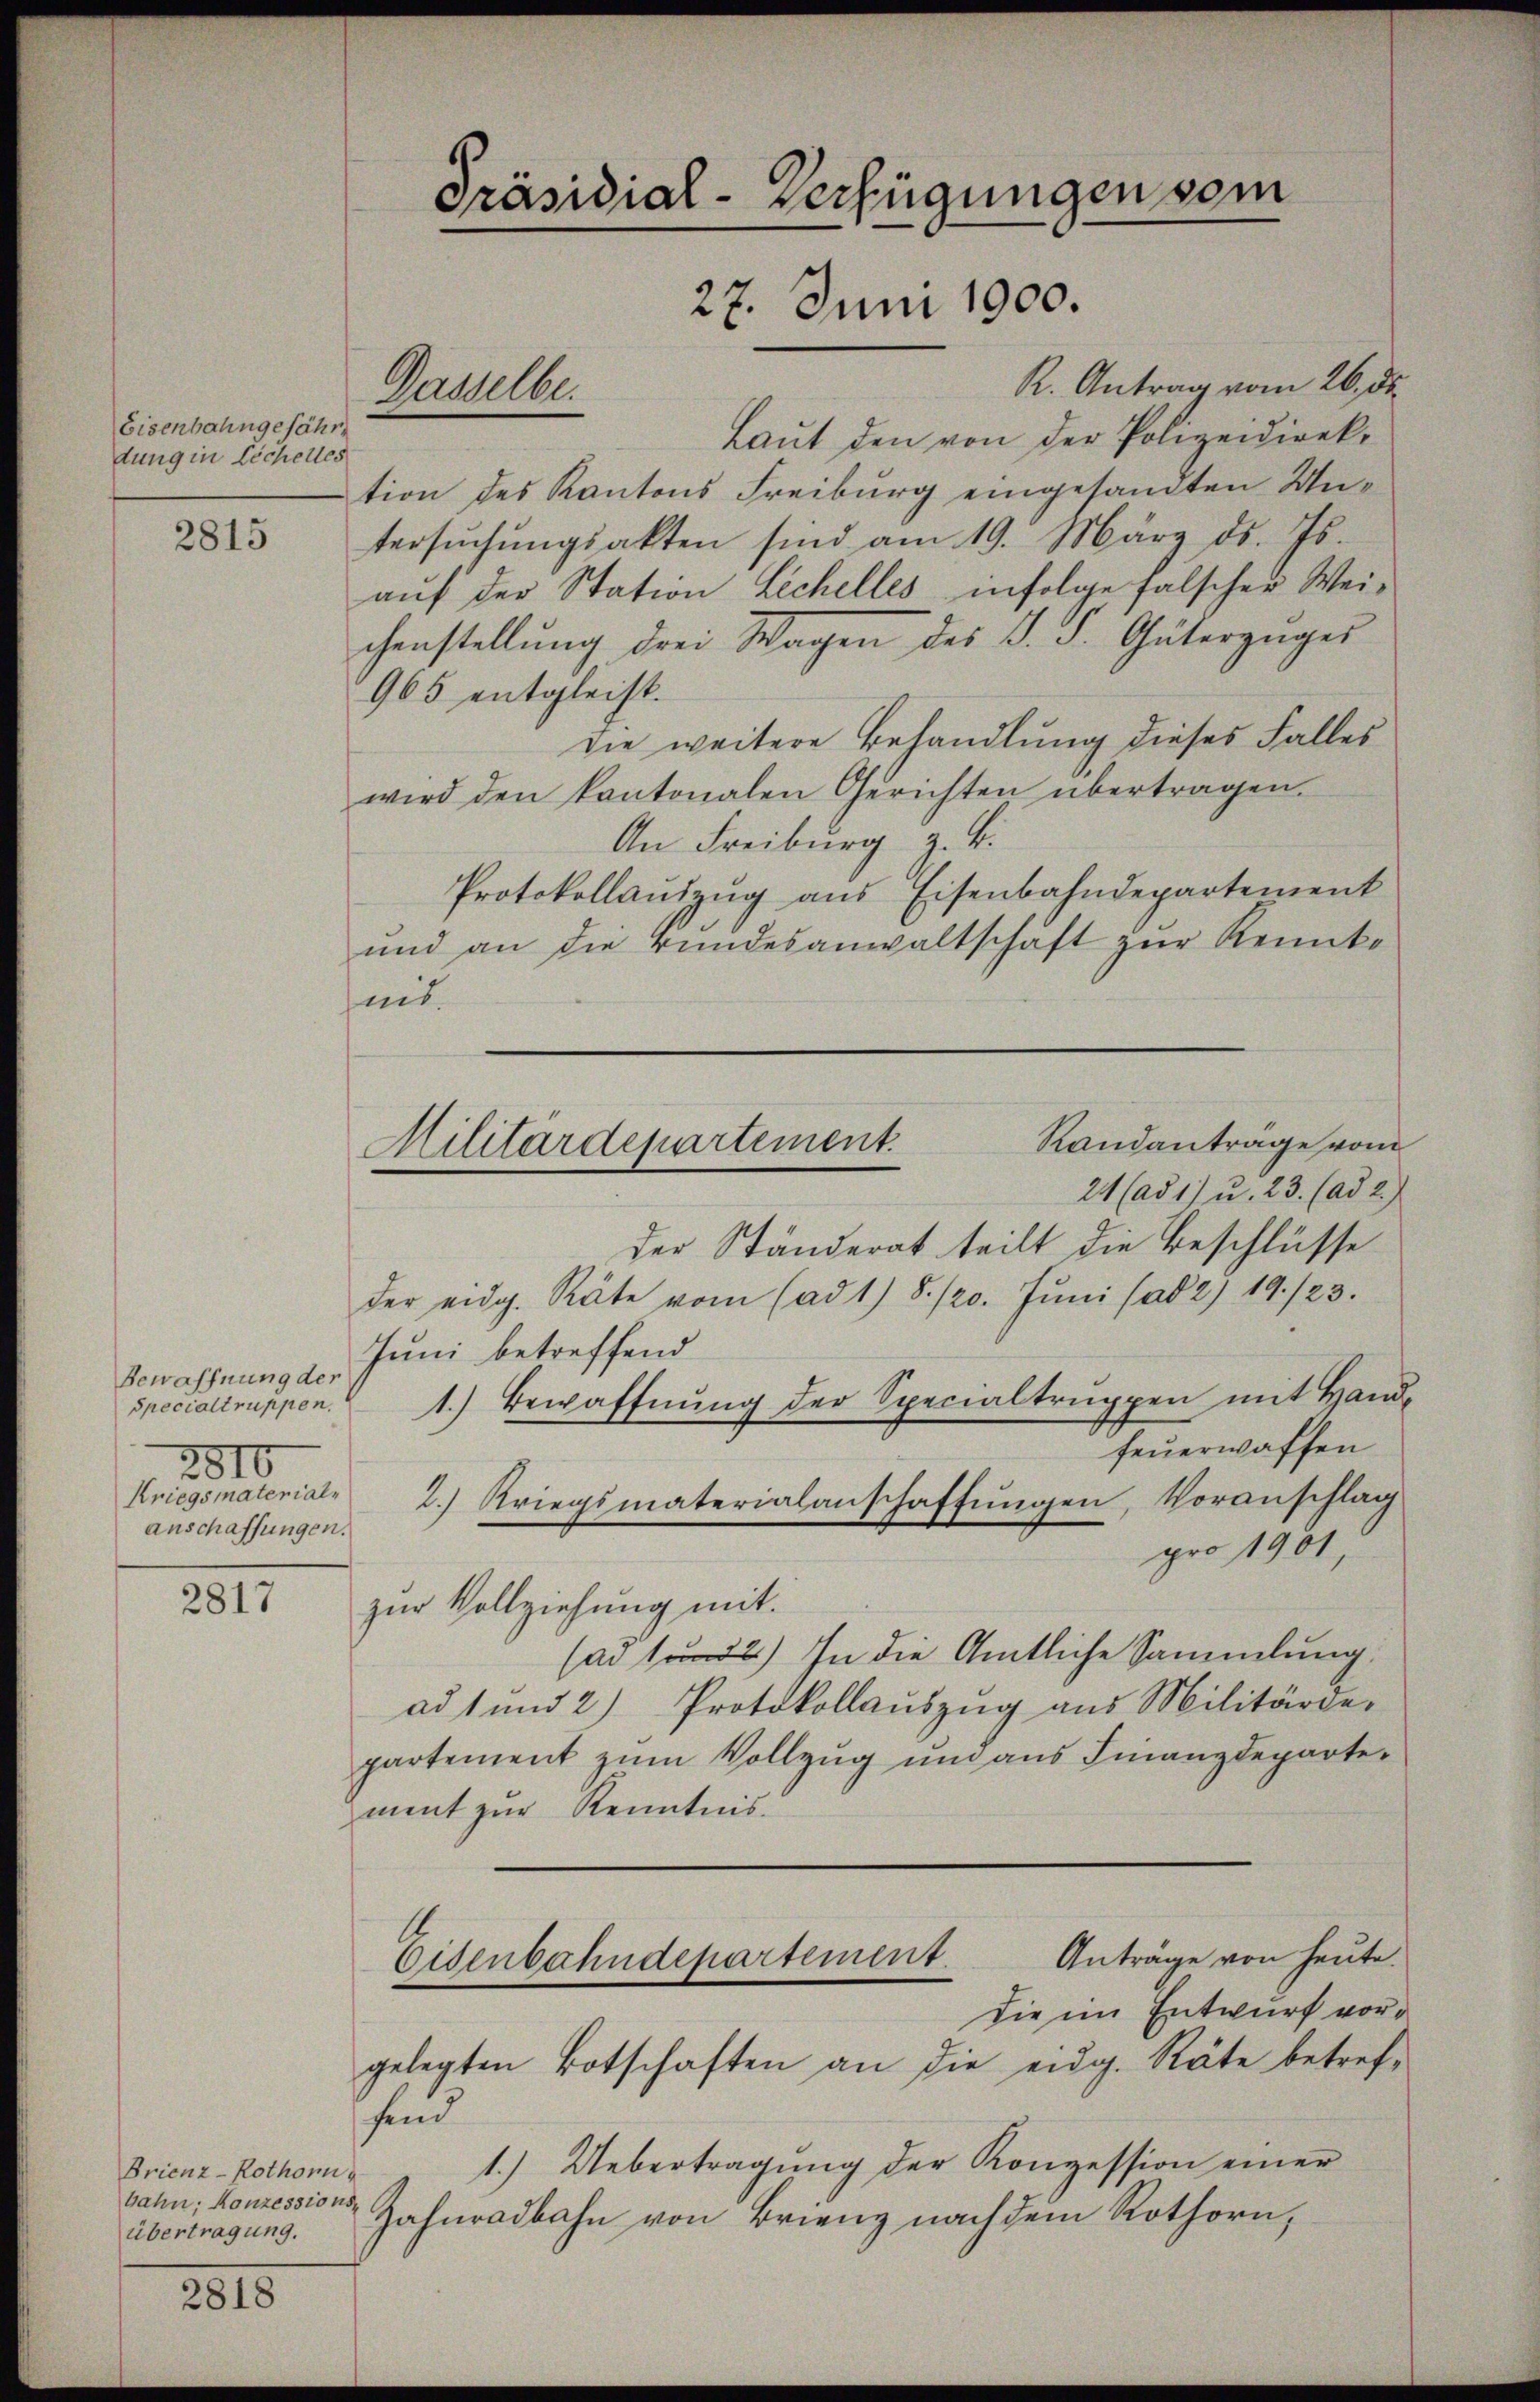
Eisenbahngefähr
dung in Eichelles

2815

2817

2818

R. Antrag vom 26. ds.
Laŭt den von der Polizeidirek-
tion des Kantons Freiburg eingesandten Untersŭchŭngsakten sind am 19. März ds. Js.
auf der Station Lechelles infolge falscher Weichenstellŭng drei Wagen des d. J. Güterzüger
965 entgleist.
die weitere Behandlung dieses Falles
wird den kantonalen Gerichten übertragen.
An Freiburg z. B.
Protokollaŭszŭg ans Eisenbahndepartement
und an die Bŭndesanwaltschaft zŭr Kennte
mit.

Bewaffnung der
specialtruppen.
2810
Kriegsmaterial,
anschaffungen.

der Ständerat teilt die Beschlüsse
der eidg. Räte vom (ad 1) S. 120. Jŭni (ad 2) 19/23.
Juni betreffend
1.) Bewaffnŭng der Specialtrŭppen mit Hand-
feuerwaffen
pro 1901,
zur Vollziehung mit
(ad 2.) In die Amtliche Sammlung.
ad 1 und 2) Protokollauszug aus Militärde-
partement zum Vollzug und aus Finanzdepartement zur Kenntnis.
Anträge von heute.
Eisenbahndepartement.
die im Entwurf vorgelegten Botschaften an die eidg. Räte betref-
fend
1.) Uebertragung der Konzession einer
Zahnradbahn von Brienz nach dem Rothorn,

Brienz-Rothorn
bahn, Konzessions
übertragung.

Präsidial-Verfügungen vom
27. Juni 1900.

Dasselbe.

Randanträge vom
Militärdepartement.
24 (ad 1) u. 23. (ad 2.)

2.) Kriegsmaterialanschaffungen, Voranschlag